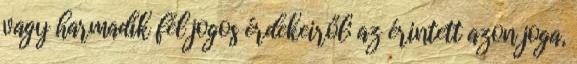
vagy harmadik fél jogos érdekeiről; az érintett azon joga,